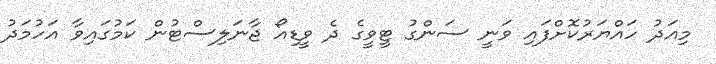
މިއަދު ހައްޔަރުކޮށްފައި ވަނީ ސަންގު ޓީވީގެ ދެ ވީޑިއޯ ޖާނަލިސްޓުން ކަމުގައިވާ އަހުމަދު